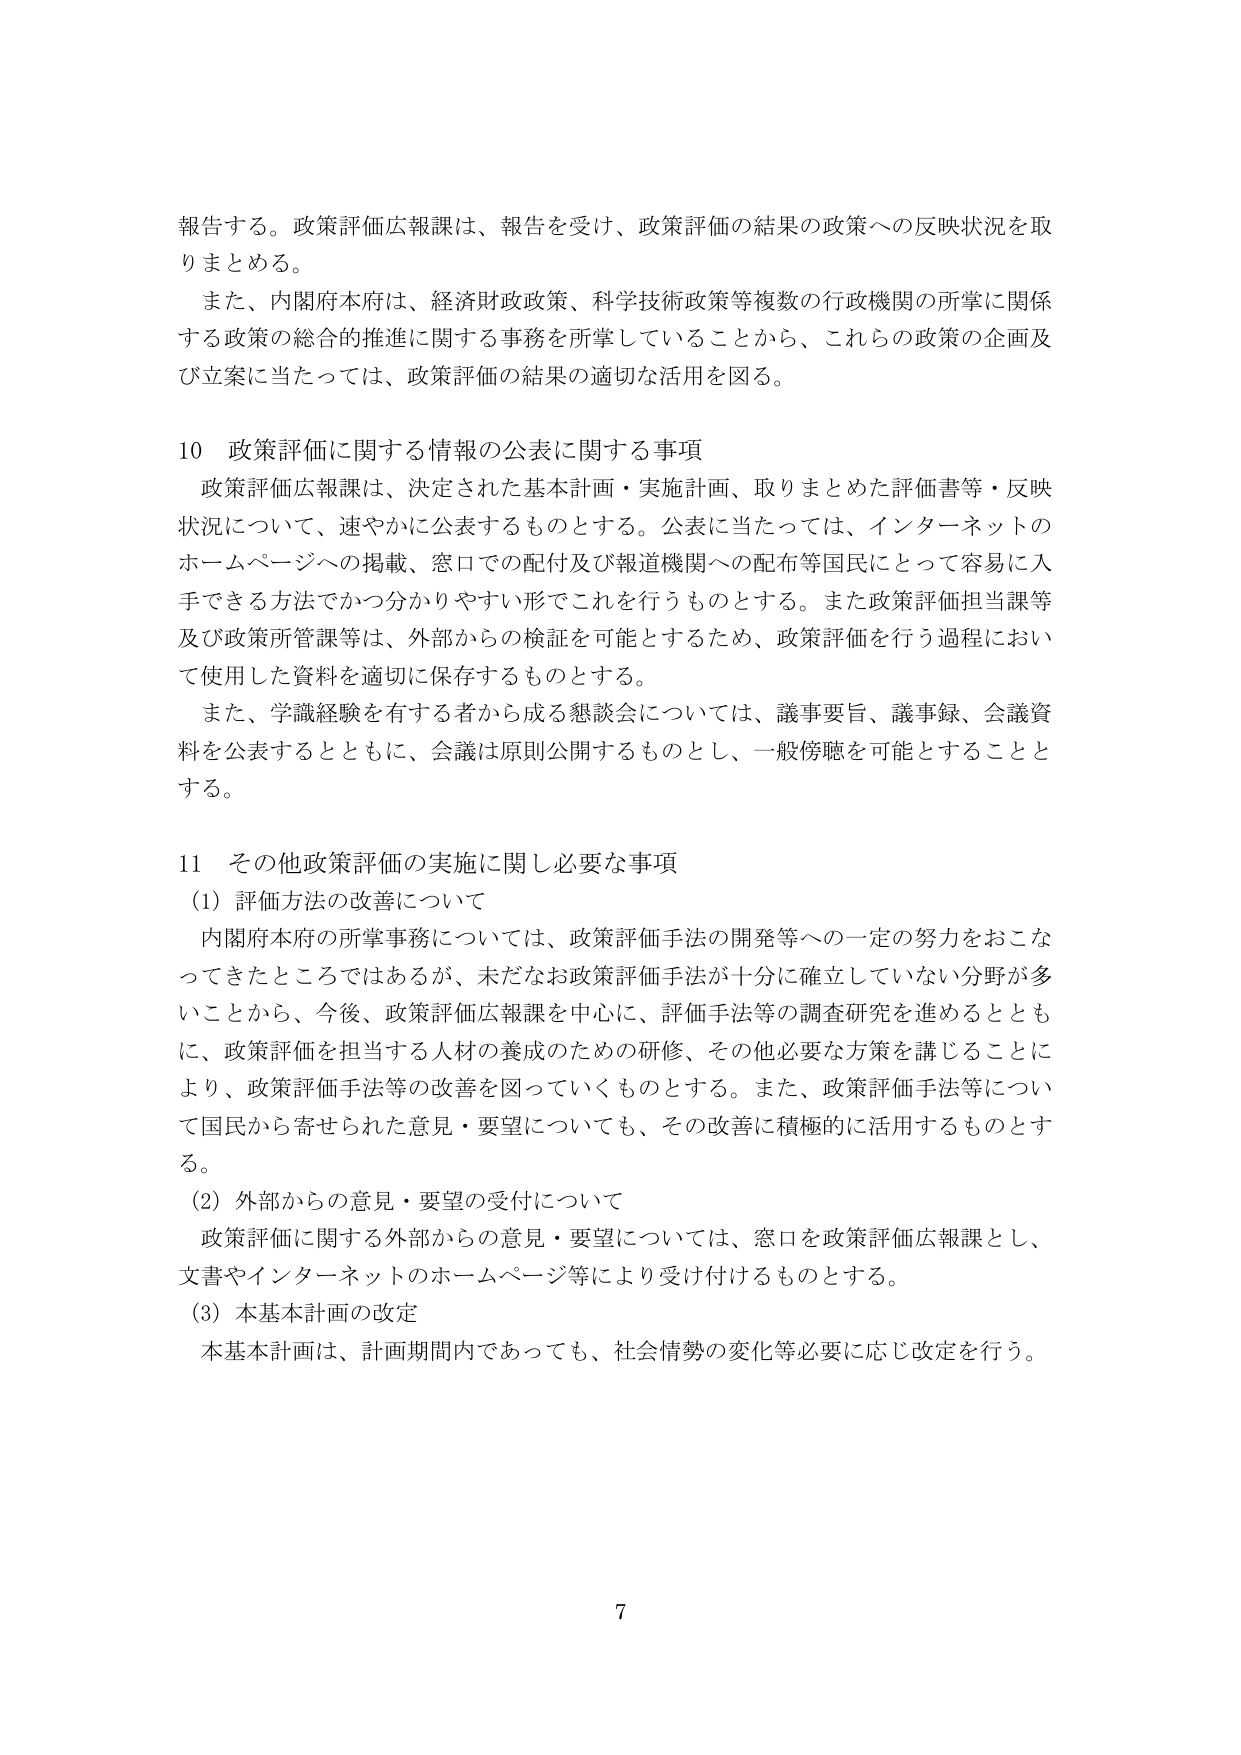
報告する。政策評価広報課は、報告を受け、政策評価の結果の政策への反映状況を取りまとめる。

また、内閣府本府は、経済財政政策、科学技術政策等複数の行政機関の所掌に関係する政策の総合的推進に関する事務を所掌していることから、これらの政策の企画及び立案に当たっては、政策評価の結果の適切な活用を図る。

10 政策評価に関する情報の公表に関する事項

政策評価広報課は、決定された基本計画・実施計画、取りまとめた評価書等・反映状況について、速やかに公表するものとする。公表に当たっては、インターネットのホームページへの掲載、窓口での配付及び報道機関への配布等国民にとって容易に入手できる方法でかつ分かりやすい形でこれを行うものとする。また政策評価担当課等及び政策所管課等は、外部からの検証を可能とするため、政策評価を行う過程において使用した資料を適切に保存するものとする。

また、学識経験を有する者から成る懇談会については、議事要旨、議事録、会議資料を公表するとともに、会議は原則公開するものとし、一般傍聴を可能とすることとする。

11 その他政策評価の実施に関し必要な事項

(1) 評価方法の改善について

内閣府本府の所掌事務については、政策評価手法の開発等への一定の努力をおこなってきたところではあるが、未だなお政策評価手法が十分に確立していない分野が多いことから、今後、政策評価広報課を中心に、評価手法等の調査研究を進めるとともに、政策評価を担当する人材の養成のための研修、その他必要な方策を講じることにより、政策評価手法等の改善を図っていくものとする。また、政策評価手法等について国民から寄せられた意見・要望についても、その改善に積極的に活用するものとする。

(2) 外部からの意見・要望の受付について

政策評価に関する外部からの意見・要望については、窓口を政策評価広報課とし、文書やインターネットのホームページ等により受け付けるものとする。

(3) 本基本計画の改定

本基本計画は、計画期間内であっても、社会情勢の変化等必要に応じ改定を行う。

7